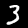
Digit: 3